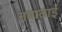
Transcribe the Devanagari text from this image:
नबाताई